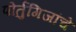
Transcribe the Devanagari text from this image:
पोर्तुगिजांचे